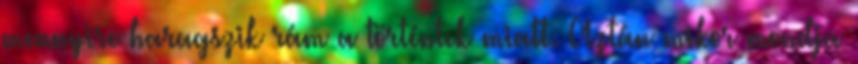
mennyire haragszik rám a történtek miatt. Aztán mikor mondja